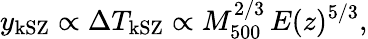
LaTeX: y_{\mathrm{kSZ}}\propto\Delta T_{\mathrm{kSZ}}\propto M_{500}^{2/3}\, E(z)^{5/3},